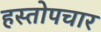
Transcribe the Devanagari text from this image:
हस्तोपचार